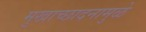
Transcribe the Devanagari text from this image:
मुखाच्छादनामुळे